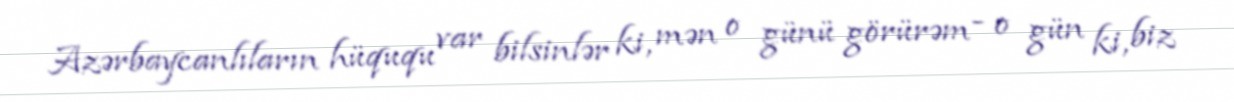
Azərbaycanlıların hüququ var bilsinlər ki, mən o günü görürəm - o gün ki, biz